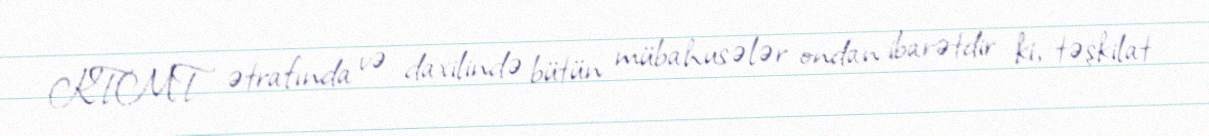
KTMT ətrafında və daxilində bütün mübahusələr ondan ibarətdir ki, təşkilat